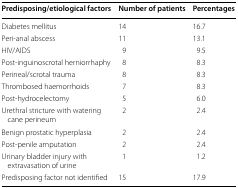
<table><thead><tr><td><b>Predisposing/etiological factors</b></td><td><b>Number of patients</b></td><td><b>Percentages</b></td></tr></thead><tbody><tr><td>Diabetes mellitus</td><td>14</td><td>16.7</td></tr><tr><td>Peri-anal abscess</td><td>11</td><td>13.1</td></tr><tr><td>HIV/AIDS</td><td>9</td><td>9.5</td></tr><tr><td>Post-inguinoscrotal herniorrhaphy</td><td>8</td><td>8.3</td></tr><tr><td>Perineal/scrotal trauma</td><td>8</td><td>8.3</td></tr><tr><td>Thrombosed haemorrhoids</td><td>7</td><td>8.3</td></tr><tr><td>Post-hydrocelectomy</td><td>5</td><td>6.0</td></tr><tr><td>Urethral stricture with watering cane perineum</td><td>2</td><td>2.4</td></tr><tr><td>Benign prostatic hyperplasia</td><td>2</td><td>2.4</td></tr><tr><td>Post-penile amputation</td><td>2</td><td>2.4</td></tr><tr><td>Urinary bladder injury with extravasation of urine</td><td>1</td><td>1.2</td></tr><tr><td>Predisposing factor not identified</td><td>15</td><td>17.9</td></tr></tbody></table>